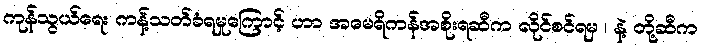
ကုန်သွယ်ရေး ကန့်သတ်ခံရမှုကြောင့် ဟာ အမေရိကန်အစိုးရဆီက လိုင်စင်ရမှ ၊ နဲ့ တို့ဆီက